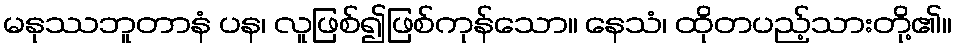
မနုဿဘူတာနံ ပန၊ လူဖြစ်၍ဖြစ်ကုန်သော။ နေသံ၊ ထိုတပည့်သားတို့၏။